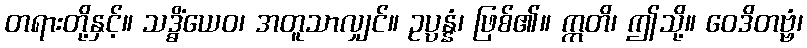
တရားတို့နှင့်။ သဒ္ဓိံယေဝ၊ အတူသာလျှင်။ ဥပ္ပန္နံ၊ ဖြစ်၏။ ဣတိ၊ ဤသို့။ ဝေဒိတဗ္ဗံ၊